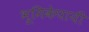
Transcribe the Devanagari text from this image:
भूमिकेपायी